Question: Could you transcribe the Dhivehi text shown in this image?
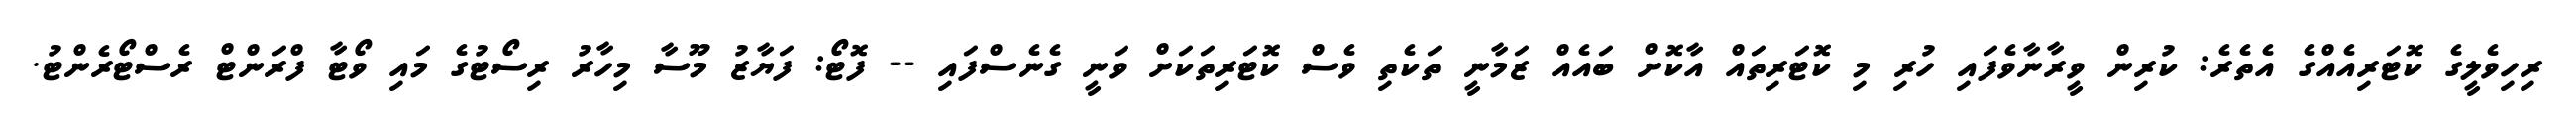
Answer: ރިހިވެލީގެ ކޮޓަރިއެއްގެ އެތެރެ: ކުރިން ވީރާނާވެފައި ހުރި މި ކޮޓަރިތައް އާކޮށް ބައެއް ޒަމާނީ ތަކެތި ވެސް ކޮޓަރިތަކަށް ވަނީ ގެނެސްފައި -- ފޮޓޯ: ފަޔާޒު މޫސާ މިހާރު ރިސޯޓުގެ މައި ވޯޓާ ފްރަންޓް ރެސްޓޯރެންޓު.